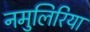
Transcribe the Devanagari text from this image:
नमुलिरिया